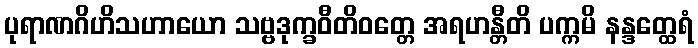
ပုရာဏဂိဟိသဟာယော သဗ္ဗဒုက္ခဝီတိဝတ္တေ အရဟန္တီတိ ပက္ကမိ နန္ဒတ္ထေရံ